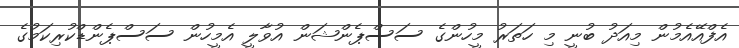
އެފްއޭއެމުން މިއަދު ބުނީ މި ހަތަރު މީހުންގެ ސަސްޕެންޝަން އުވާލީ އެމީހުން ސަސްޕެންޑްކުރިކަމުގެ